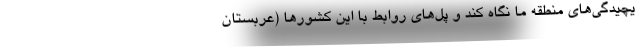
یچیدگی‌های منطقه ما نگاه کند و پل‌های روابط با این کشورها (عربستان